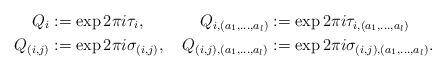
LaTeX: \begin{align*}Q_i &:= \exp 2\pi i \tau_i, \ \ \ \ \ \ \ \ \ \ Q_{i,(a_1,\ldots,a_l)} := \exp 2\pi i \tau_{i,(a_1,\ldots,a_l)} \\Q_{(i,j)} &:= \exp 2\pi i \sigma_{(i,j)}, \ \ \ Q_{(i,j),(a_1,\ldots,a_l)} := \exp 2\pi i \sigma_{(i,j),(a_1,\ldots,a_l)}. \end{align*}